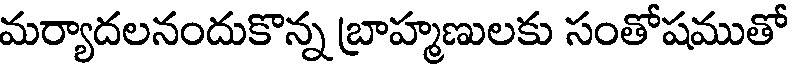
మర్యాదలనందుకొన్న బ్రాహ్మణులకు సంతోషముతో